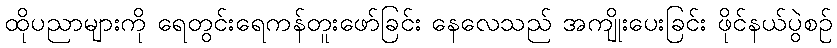
ထိုပညာများကို ရေတွင်းရေကန်တူးဖော်ခြင်း နေလေသည် အကျိုးပေးခြင်း ဖိုင်နယ်ပွဲစဉ်